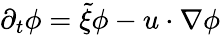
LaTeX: \partial_{t}\phi=\tilde{\xi}\phi-u\cdot\nabla\phi